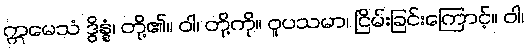
ဣမေသံ ဒွိန္နံ၊ တို့၏။ ဝါ၊ တို့ကို။ ဝူပသမာ၊ ငြိမ်းခြင်းကြောင့်။ ဝါ၊